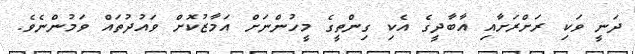
ދަނީ ވަކި ރަށްރަށާއި އާބާދީގެ އެކި ގިންތީގެ މީހުންނަށް އަމާޒުކޮށް ވައުދުތައް ވަމުންނެވެ.